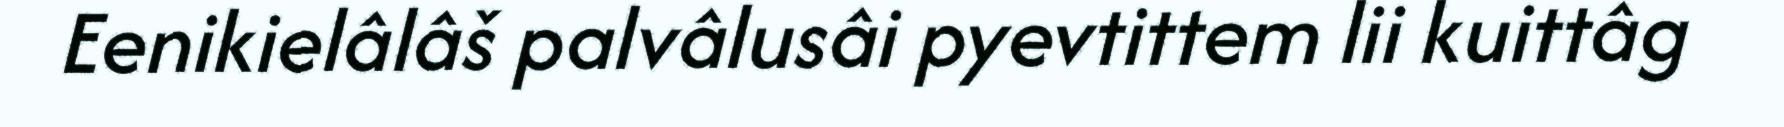
Eenikielâlâš palvâlusâi pyevtittem lii kuittâg